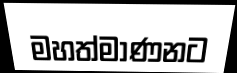
මහත්මාණනට